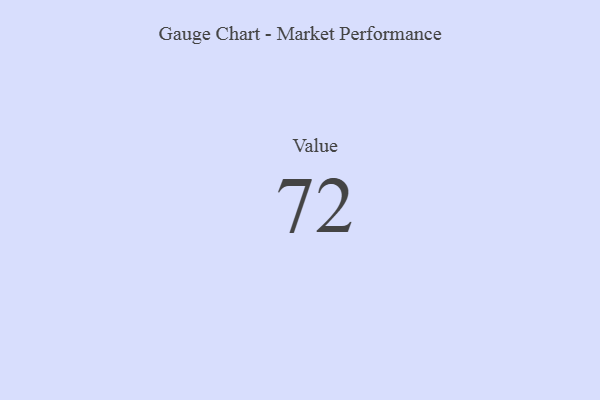
{"axis": {"x": "Metric", "y": "Value"}, "legend": [""], "data": [{"x": "Value", "y": 72, "type": ""}]}